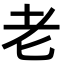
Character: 老